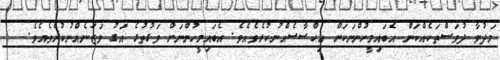
މަދުވާ ދުވަސްތަކެއްކަން އެބައިމީހުންނަކަށް އިޙްސާސެއްނުކުރެވެއެވެ. އެބައިމީހުންނަށް ވަގުތުގެ އަގު ވަޒަނެއްނުކުރެވެއެވެ.